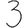
Digit: 3